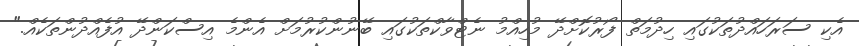
އެކި ސަރަހައްދުތަކުގައި ހިދުމަތް ފޯރުކޮށްދޭ މުހިއްމު ނެޓްވާކްތަކުގައި ބޭނުންކުރުމަށް އެންމެ އިސްކަންދޭ އުފެއްދުންތަކެއް."